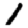
Digit: 1